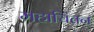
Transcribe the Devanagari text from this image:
महाचिंतन